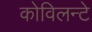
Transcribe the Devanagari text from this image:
कोविलन्टे